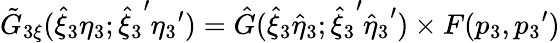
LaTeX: {\tilde{G}}_{3\xi}({\hat{\xi}}_{3}{\eta}_{3};{{\hat{\xi}}_{3}}^{\prime}{{\eta}_{3}}^{\prime})={\hat{G}}({{\hat{\xi}}_{3}}{\hat{\eta}}_{3};{{\hat{\xi}}_{3}}^{\prime}{{\hat{\eta}}_{3}}^{\prime})\times F(p_{3},{p_{3}}^{\prime})